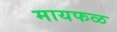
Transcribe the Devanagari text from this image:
मायफळ